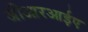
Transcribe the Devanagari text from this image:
जीआरआईए